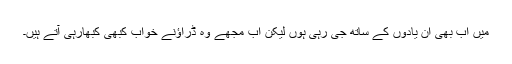
میں اب بھی ان یادوں کے ساتھ جی رہی ہوں لیکن اب مجھے وہ ڈراؤنے خواب کبھی کبھارہی آتے ہیں۔